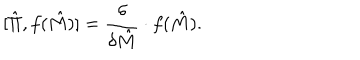
LaTeX: [ \hat { \Pi } , f ( \hat { M } ) ] = { \frac { \delta } { \delta \hat { M } } } \cdot f ( \hat { M } ) .